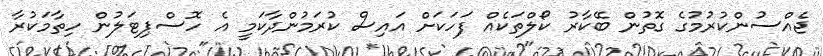
ޖެއްސުންކުރުމުގެ ގޮތުން ބޭކާރު ކޯލްތަކެއް ފަހަކަށް އައިސް ކުރަމުންދާކަމީ އެ ހޮސްޕިޓަލުން ހިތާމަކުރާ